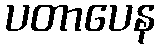
ပတာပေန